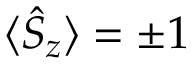
\langle { \hat { S } } _ { z } \rangle = \pm 1